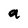
Character: a